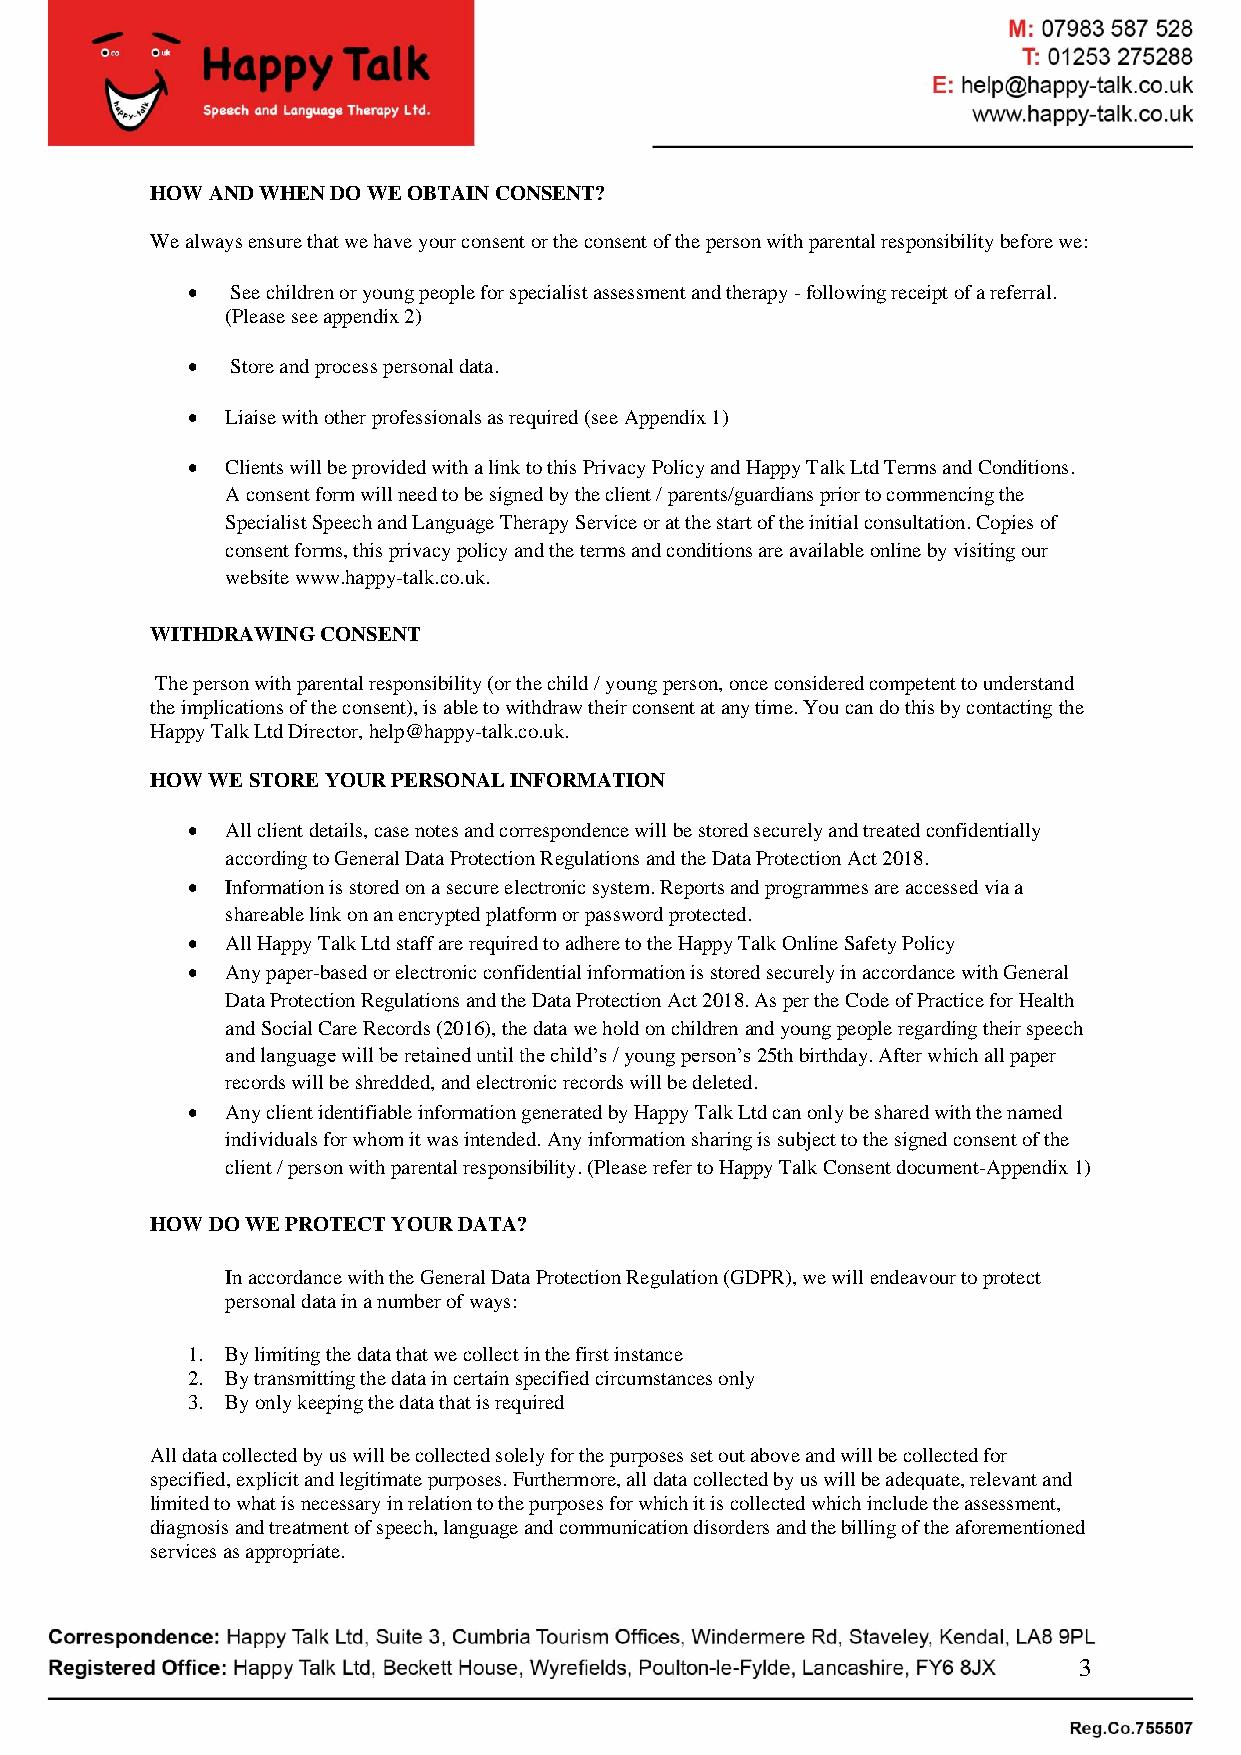
HOW AND WHEN DO WE OBTAIN CONSENT?
 We always ensure that we have your consent or the consent of the person with parental responsibility before we:
 •  See children or young people for specialist assessment and therapy - following receipt of a referral.
 (Please see appendix 2)
 •  Store and process personal data.
 •  Liaise with other professionals as required (see Appendix 1)
 •  Clients will be provided with a link to this Privacy Policy and Happy Talk Ltd Terms and Conditions.
 A consent form will need to be signed by the client / parents/guardians prior to commencing the
 Specialist Speech and Language Therapy Service or at the start of the initial consultation. Copies of
 consent forms, this privacy policy and the terms and conditions are available online by visiting our
 website www.happy-talk.co.uk.
 WITHDRAWING CONSENT
 The person with parental responsibility (or the child / young person, once considered competent to understand
 the implications of the consent), is able to withdraw their consent at any time. You can do this by contacting the
 Happy Talk Ltd Director, help@happy-talk.co.uk.
 HOW WE STORE YOUR PERSONAL INFORMATION
 •  All client details, case notes and correspondence will be stored securely and treated confidentially
 according to General Data Protection Regulations and the Data Protection Act 2018.
 •  Information is stored on a secure electronic system. Reports and programmes are accessed via a
 shareable link on an encrypted platform or password protected.
 •  All Happy Talk Ltd staff are required to adhere to the Happy Talk Online Safety Policy
 •  Any paper-based or electronic confidential information is stored securely in accordance with General
 Data Protection Regulations and the Data Protection Act 2018. As per the Code of Practice for Health
 and Social Care Records (2016), the data we hold on children and young people regarding their speech
 and language will be retained until the child’s / young person’s 25th birthday. After which all paper
 records will be shredded, and electronic records will be deleted.
 •  Any client identifiable information generated by Happy Talk Ltd can only be shared with the named
 individuals for whom it was intended. Any information sharing is subject to the signed consent of the
 client / person with parental responsibility. (Please refer to Happy Talk Consent document-Appendix 1)
 HOW DO WE PROTECT YOUR DATA?
 In accordance with the General Data Protection Regulation (GDPR), we will endeavour to protect
 personal data in a number of ways:
 1. By limiting the data that we collect in the first instance
 2. By transmitting the data in certain specified circumstances only
 3. By only keeping the data that is required
 All data collected by us will be collected solely for the purposes set out above and will be collected for
 specified, explicit and legitimate purposes. Furthermore, all data collected by us will be adequate, relevant and
 limited to what is necessary in relation to the purposes for which it is collected which include the assessment,
 diagnosis and treatment of speech, language and communication disorders and the billing of the aforementioned
 services as appropriate.
 3